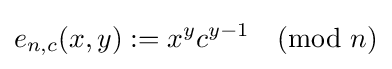
e_{n,c}(x,y):=x^{y}c^{y-1}{\pmod {n}}